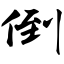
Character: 倒